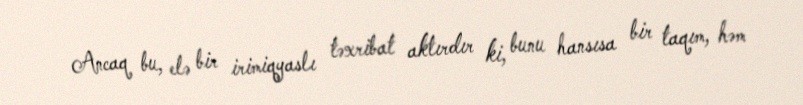
Ancaq bu, elə bir irimiqyaslı təxribat aktırdır ki, bunu hansısa bir taqım, həm